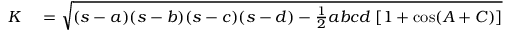
\begin{array} { r l } { K } & { { } = { \sqrt { ( s - a ) ( s - b ) ( s - c ) ( s - d ) - { \frac { 1 } { 2 } } a b c d \; [ 1 + \cos ( A + C ) ] } } } \end{array}